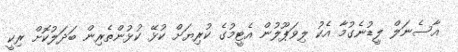
އާސެނަލް ލީޑުނެގުމާ އެކު ލިވަޕޫލުން އެޓީމުގެ ކުރިޔަށް ކުޅޭ ކުޅުންތެރިން ބަދަލުކޮށް ރިކީ